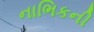
નાભિકની